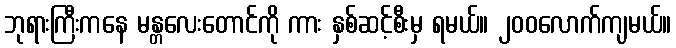
ဘုရားကြီးကနေ မန္တလေးတောင်ကို ကား နှစ်ဆင့်စီးမှ ရမယ်။ ၂၀၀လောက်ကျမယ်။